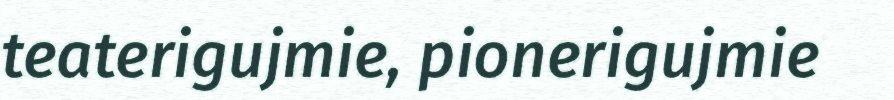
teaterigujmie, pionerigujmie